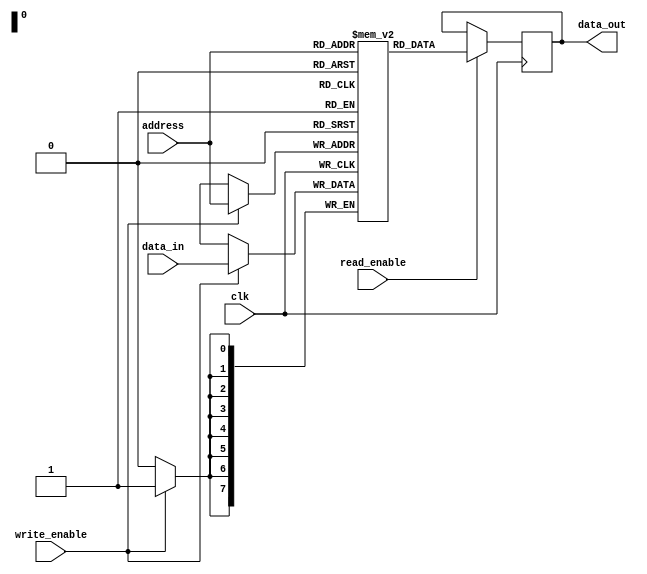
module SDRAM (
    input wire clk,
    input wire [7:0] data_in,
    input wire [7:0] address,
    input wire write_enable,
    input wire read_enable,
    output reg [7:0] data_out
);

reg [7:0] memory [0:255];

always @(posedge clk) begin
    if (write_enable) begin
        memory[address] <= data_in;
    end
    if (read_enable) begin
        data_out <= memory[address];
    end
end

endmodule